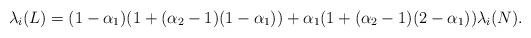
LaTeX: \begin{align*}\lambda_{i}(L) = (1-\alpha_1)(1+(\alpha_2-1)(1-\alpha_1))+\alpha_1(1+(\alpha_2-1)(2-\alpha_1))\lambda_{i}(N).\end{align*}